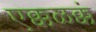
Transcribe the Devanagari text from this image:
एक्कळक्कं